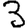
Digit: 3